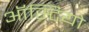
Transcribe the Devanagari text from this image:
ऑस्टियो